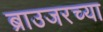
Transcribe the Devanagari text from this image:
ब्राउजरच्या